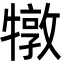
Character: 犜